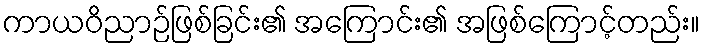
ကာယဝိညာဉ်ဖြစ်ခြင်း၏ အကြောင်း၏ အဖြစ်ကြောင့်တည်း။